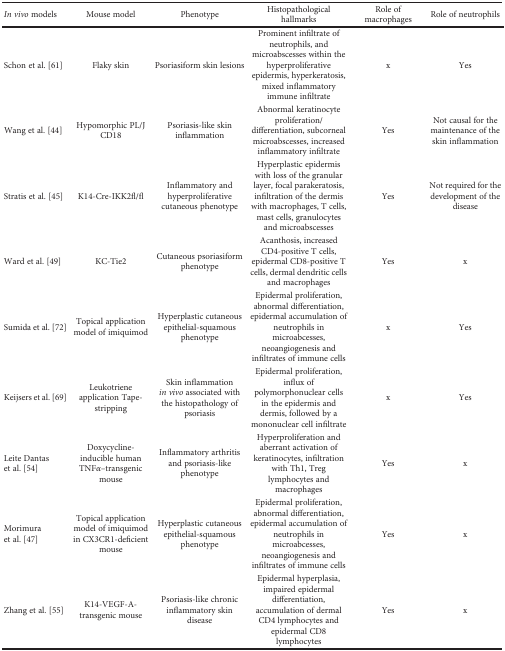
<table><thead><tr><td><b><i>In vivo</i> models</b></td><td><b>Mouse model</b></td><td><b>Phenotype</b></td><td><b>Histopathological hallmarks</b></td><td><b>Role of macrophages</b></td><td><b>Role of neutrophils</b></td></tr></thead><tbody><tr><td>Schon et al. [61]</td><td>Flaky skin</td><td>Psoriasiform skin lesions</td><td>Prominent infiltrate of neutrophils, and microabscesses within the hyperproliferative epidermis, hyperkeratosis, mixed inflammatory immune infiltrate</td><td>x</td><td>Yes</td></tr><tr><td>Wang et al. [44]</td><td>Hypomorphic PL/J CD18</td><td>Psoriasis-like skin inflammation</td><td>Abnormal keratinocyte proliferation/differentiation, subcorneal microabscesses, increased inflammatory infiltrate</td><td>Yes</td><td>Not causal for the maintenance of the skin inflammation</td></tr><tr><td>Stratis et al. [45]</td><td>K14-Cre-IKK2fl/fl</td><td>Inflammatory and hyperproliferative cutaneous phenotype</td><td>Hyperplastic epidermis with loss of the granular layer, focal parakeratosis, infiltration of the dermis with macrophages, T cells, mast cells, granulocytes and microabscesses</td><td>Yes</td><td>Not required for the development of the disease</td></tr><tr><td>Ward et al. [49]</td><td>KC-Tie2</td><td>Cutaneous psoriasiform phenotype</td><td>Acanthosis, increased CD4-positive T cells, epidermal CD8-positive T cells, dermal dendritic cells and macrophages</td><td>Yes</td><td>x</td></tr><tr><td>Sumida et al. [72]</td><td>Topical application model of imiquimod</td><td>Hyperplastic cutaneous epithelial-squamous phenotype</td><td>Epidermal proliferation, abnormal differentiation, epidermal accumulation of neutrophils in microabcesses, neoangiogenesis and infiltrates of immune cells</td><td>x</td><td>Yes</td></tr><tr><td>Keijsers et al. [69]</td><td>Leukotriene application Tape-stripping</td><td>Skin inflammation <i>in vivo</i> associated with the histopathology of psoriasis</td><td>Epidermal proliferation, influx of polymorphonuclear cells in the epidermis and dermis, followed by a mononuclear cell infiltrate</td><td>x</td><td>Yes</td></tr><tr><td>Leite Dantas et al. [54]</td><td>Doxycycline-inducible human TNF<i>α</i>–transgenic mouse</td><td>Inflammatory arthritis and psoriasis-like phenotype</td><td>Hyperproliferation and aberrant activation of keratinocytes, infiltration with Th1, Treg lymphocytes and macrophages</td><td>Yes</td><td>x</td></tr><tr><td>Morimura et al. [47]</td><td>Topical application model of imiquimod in CX3CR1-deficient mouse</td><td>Hyperplastic cutaneous epithelial-squamous phenotype</td><td>Epidermal proliferation, abnormal differentiation, epidermal accumulation of neutrophils in microabcesses, neoangiogenesis and infiltrates of immune cells</td><td>Yes</td><td>x</td></tr><tr><td>Zhang et al. [55]</td><td>K14-VEGF-A-transgenic mouse</td><td>Psoriasis-like chronic inflammatory skin disease</td><td>Epidermal hyperplasia, impaired epidermal differentiation, accumulation of dermal CD4 lymphocytes and epidermal CD8 lymphocytes</td><td>Yes</td><td>x</td></tr></tbody></table>